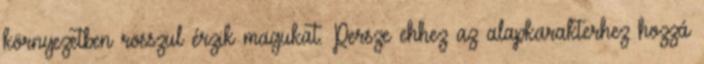
környezetben rosszul érzik magukat. Persze ehhez az alapkarakterhez hozzá